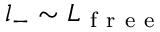
l _ { - } \sim L _ { \mathrm { ~ f ~ r ~ e ~ e ~ } }